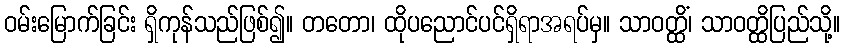
ဝမ်းမြောက်ခြင်း ရှိကုန်သည်ဖြစ်၍။ တတော၊ ထိုပညောင်ပင်ရှိရာအရပ်မှ။ သာဝတ္ထိံ၊ သာဝတ္ထိပြည်သို့။